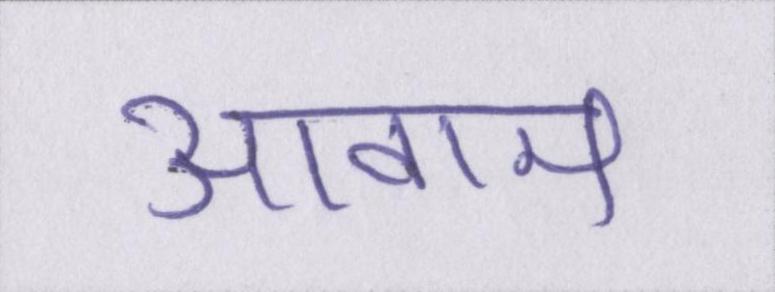
आवाम